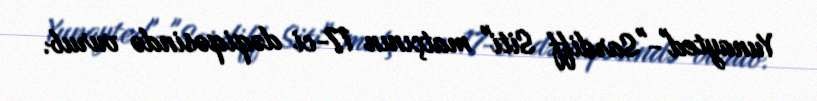
Yunayted"-"Sardiff Siti" matçının 17-ci dəqiqəsində vurub.